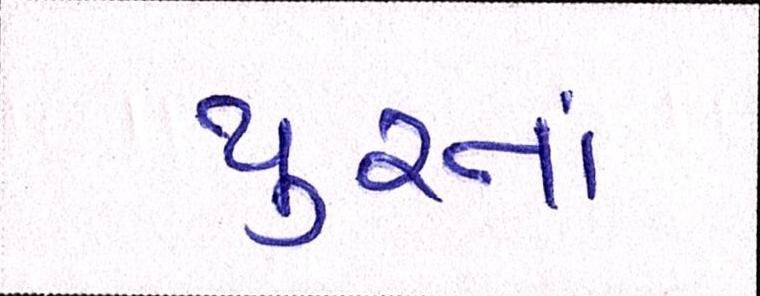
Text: પુરતાં